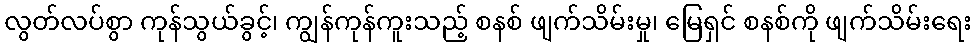
လွတ်လပ်စွာ ကုန်သွယ်ခွင့်၊ ကျွန်ကုန်ကူးသည့် စနစ် ဖျက်သိမ်းမှု၊ မြေရှင် စနစ်ကို ဖျက်သိမ်းရေး